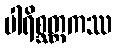
ပါရိစ္ဆတ္တကဿ